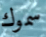
سموك